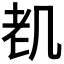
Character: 𱻨